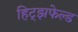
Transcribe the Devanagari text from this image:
हिट्झफेल्ड